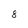
Character: 8